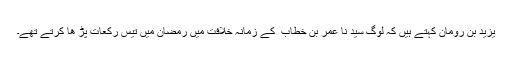
یزید بن رومان کہتے ہیں کہ لوگ سید نا عمر بن خطاب ؓ کے زمانہ خلافت میں رمضان میں تیس رکعات پڑ ھا کرتے تھے۔